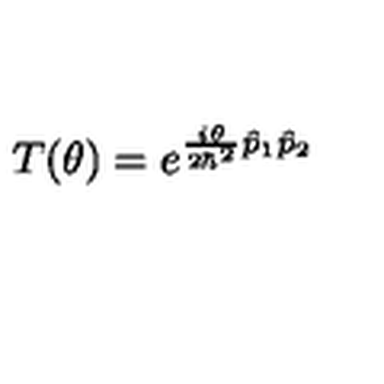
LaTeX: T ( \theta ) = e ^ { \frac { i \theta } { 2 \hbar ^ { 2 } } \hat { p } _ { 1 } \hat { p } _ { 2 } }